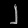
Digit: ၂